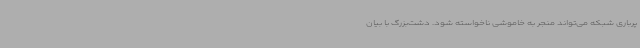
پرباری شبکه می‌تواند منجر به خاموشی ناخواسته شود. دشت‌بزرگ با بیان